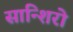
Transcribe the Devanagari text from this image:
सान्शिरो